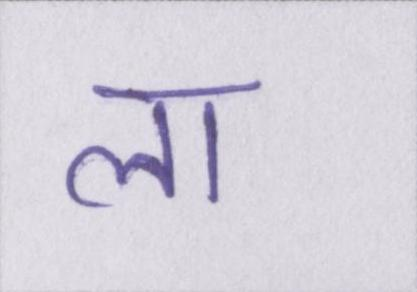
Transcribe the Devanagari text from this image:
ला